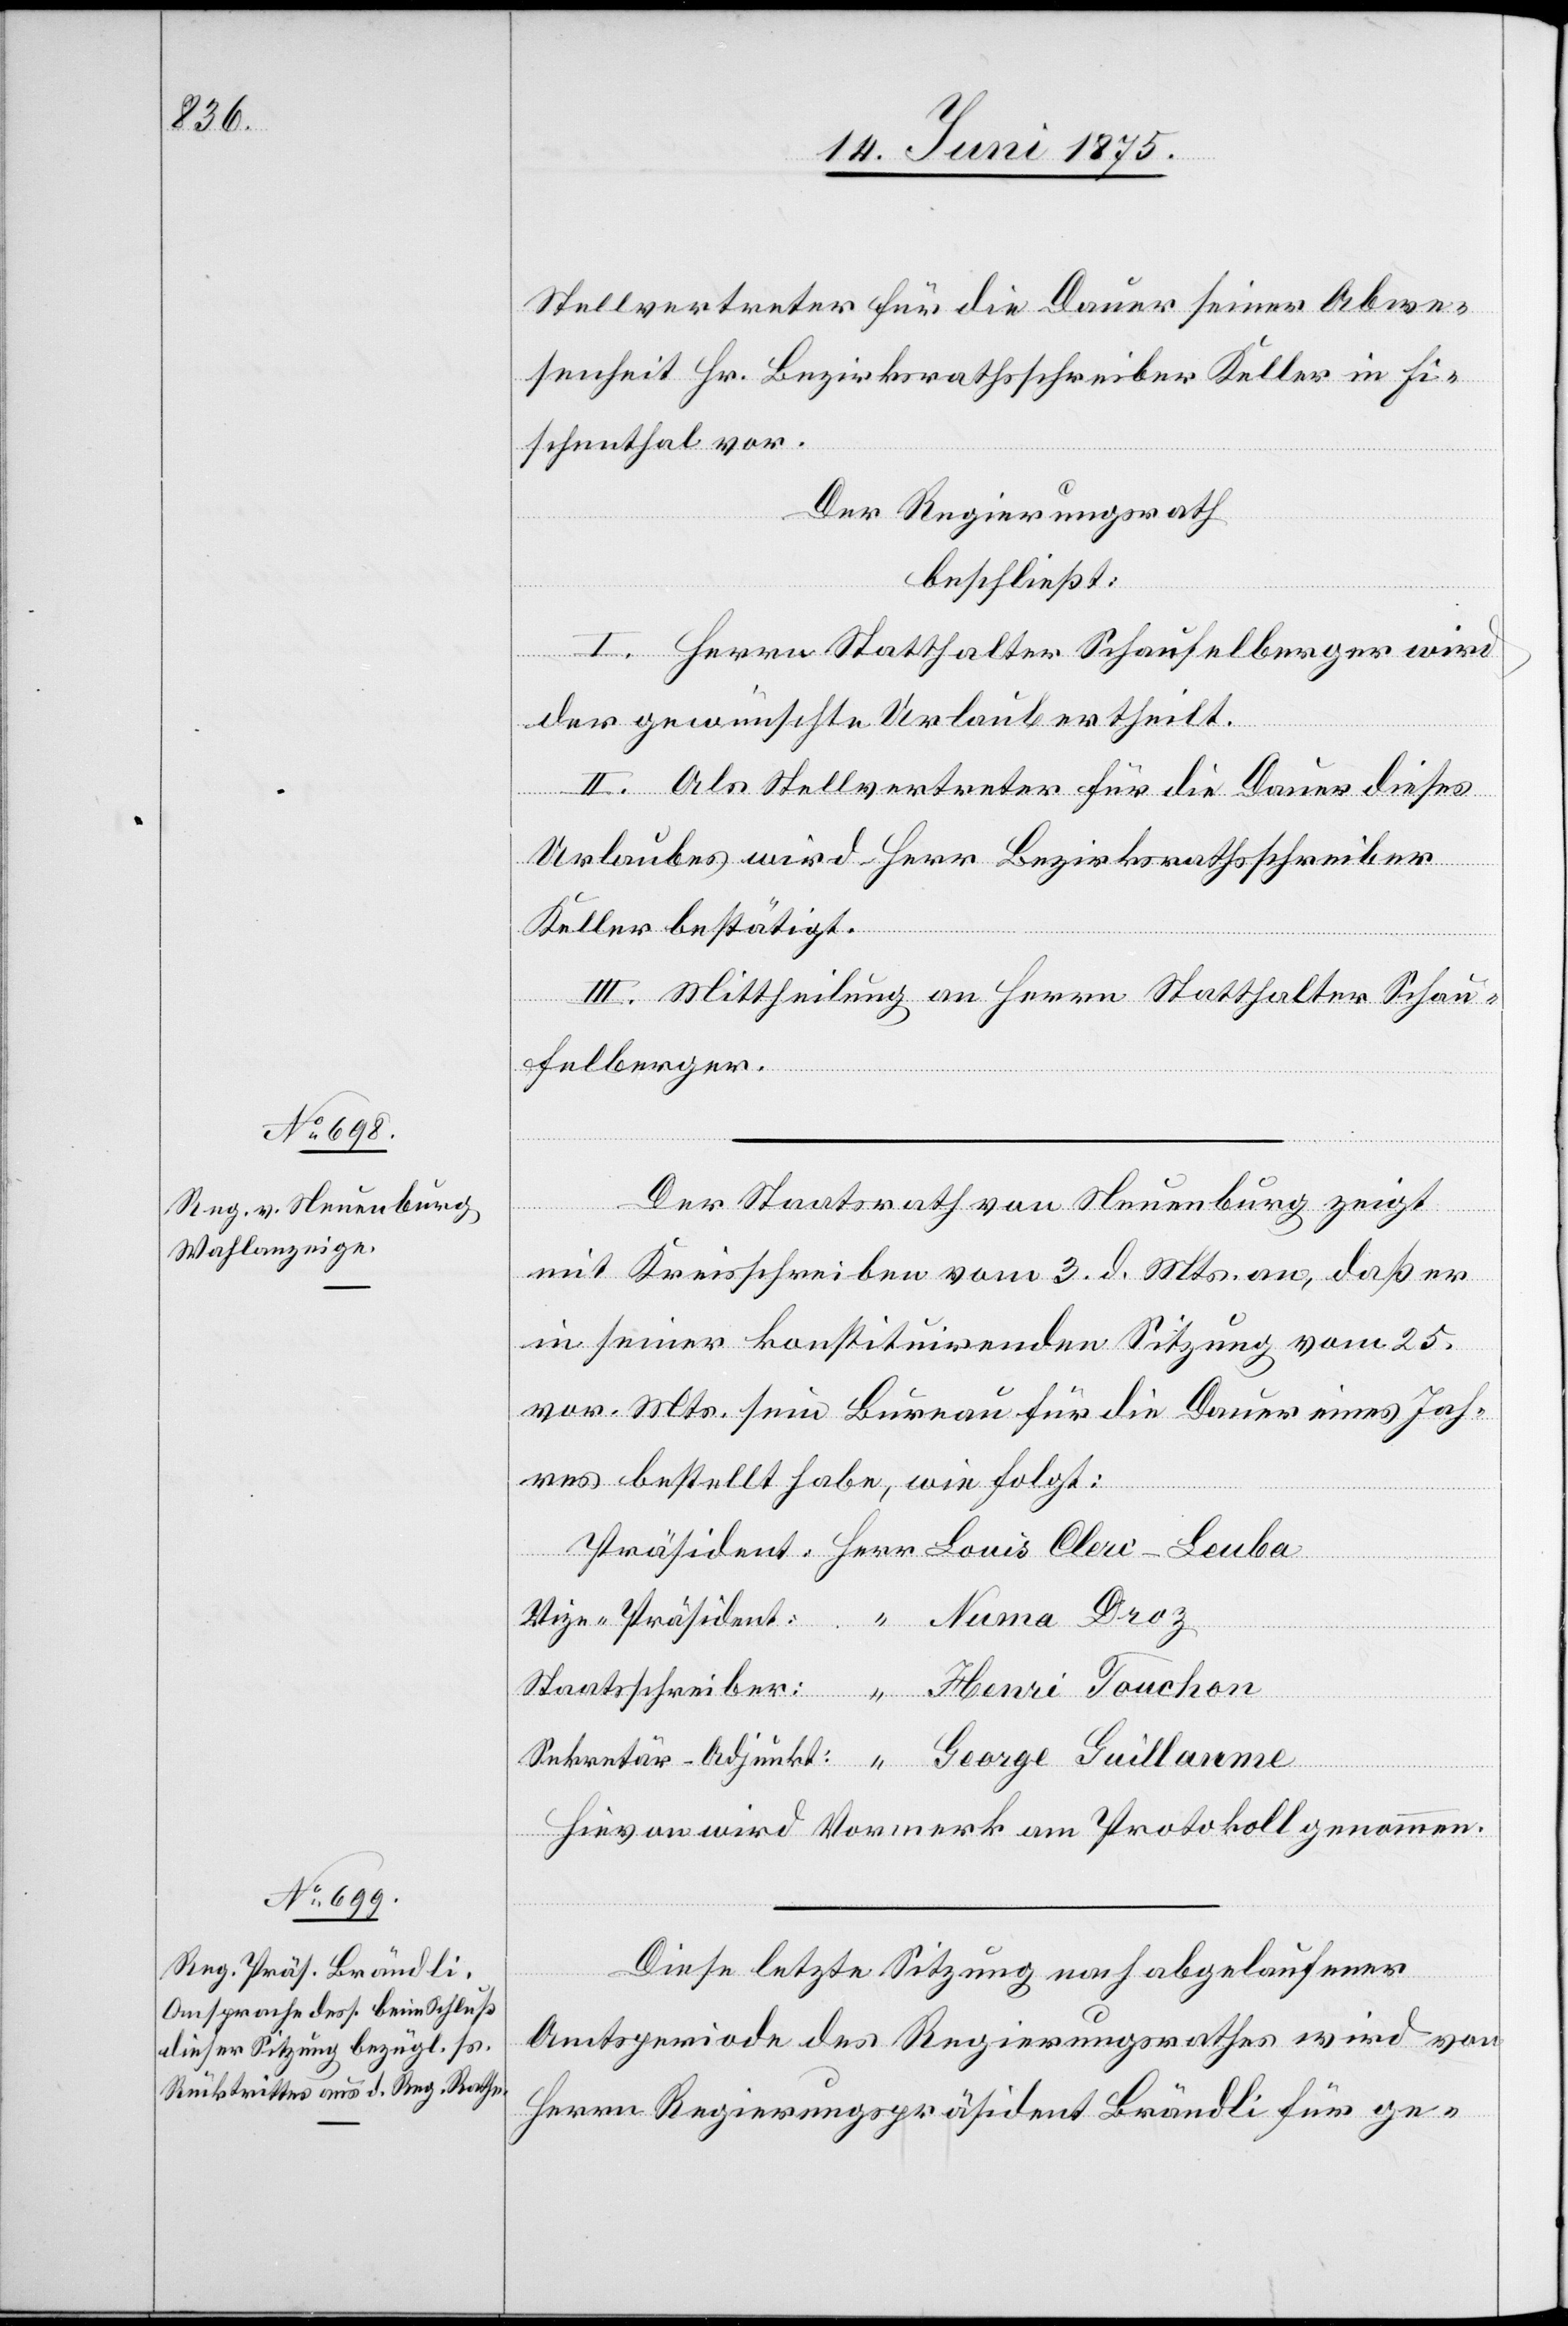
Stellvertreter für die Dauer seiner Abwe¬
senheit Hr. Bezirksrathschreiber Keller in Fi¬
schenthal vor.
Der Regierungsrath,
beschließt:
I. Herrn Statthalter Schaufelberger wird
der gewünschte Urlaub ertheilt.
II. Als Stellvertreter für die Dauer dieses
Urlaubes wird Herr Bezirksrathschreiber
Keller bestätigt.
III. Mittheilung an Herrn Statthalter Schau¬
felberger.
Der Staatsrath von Neuenburg zeigt
laume
mit Kreisschreiben vom 3. d. Mts. an, daß er
in seiner konstituirenden Sitzung vom 25.
vor. Mts. sein Bureau für die Dauer eines Jah¬
res bestellt habe, wie folgt:
“
Hievon wird Vormerk am Protokoll genommen.
Diese letzte Sitzung nach abgelaufener
Amtsperiode des Regierungsrathes wird von
Herrn Regierungspräsident Brändli für ge-